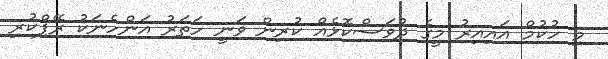
މި ހުކުމް އައިއިރު މީގެ ދުވަސްކޮޅެއް ކުރިން ވަނީ ހަތަރު އަންހެނަކު ރޭޕްކުރި